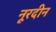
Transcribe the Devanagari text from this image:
नूरदीन